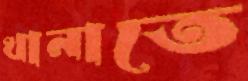
থানাতে